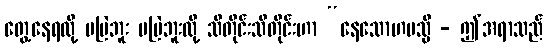
တွေ့နေရလို့ မမြဲဘူး မမြဲဘူးလို့ သိတိုင်းသိတိုင်းဟာ “နေသောဟမသ္မိ - ဤအရာသည်